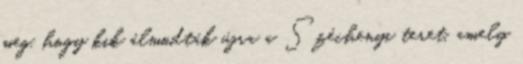
meg, hogy kik álmodták újra a Széchenyi teret, amely